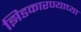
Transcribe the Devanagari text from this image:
झिडकारण्याच्या